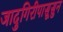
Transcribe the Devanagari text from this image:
जादुगिरीपासूसुन